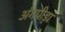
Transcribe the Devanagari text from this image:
अंगपीड़ा